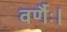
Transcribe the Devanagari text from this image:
वर्णैः।